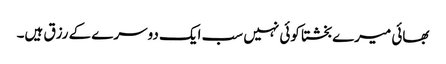
بھائی میرے بخشتا کوئی نہیں سب ایک دوسرے کے رزق ہیں۔